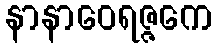
နာနာဝေရဇ္ဇကေ